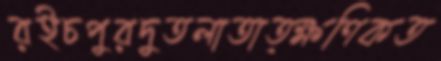
রইচপুরদুতলাতাত্ক্ষণিকত